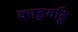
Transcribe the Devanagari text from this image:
काडुवट्टि